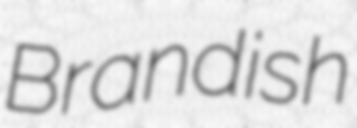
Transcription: Brandish